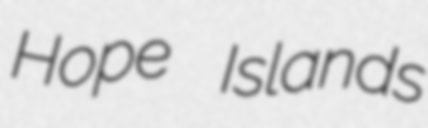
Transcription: Hope Islands